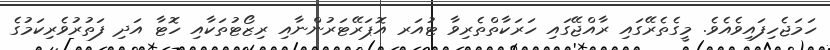
ހަމަޖެހިފައިވެއެވެ. މީގެތެރޭގައި ރާއްޖޭގައި ހަރަކާތްތެރިވާ ޓުއަރ އޮޕަރޭޓަރުންނާއި ރިޒޯޓުތަކާއި ހޮޓާ އަދި ފަތުރުވެރިކަމުގެ